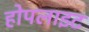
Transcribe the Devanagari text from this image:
होपलाइट